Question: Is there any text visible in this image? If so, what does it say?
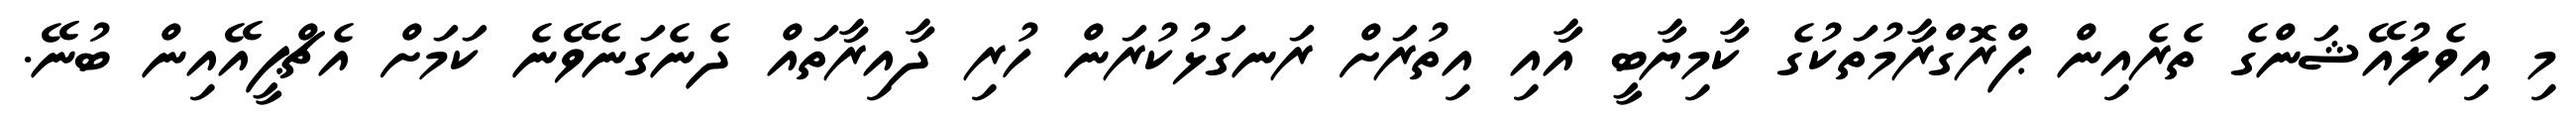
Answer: މި އިވެލުއޭޝަންގެ ތެރެއިން ޕްރޮގްރާމުތަކުގެ ކާމިޔާބީ އާއި އިތުރަށް ރަނގަޅުކުރަން ހުރި ދާއިރާތައް ދެނެގަނެވޭނެ ކަމަށް އެޗްޕީއޭއިން ބުނޭ.